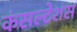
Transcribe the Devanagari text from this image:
कंसल्टेशंस